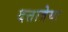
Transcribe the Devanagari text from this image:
दत्तात्रेया